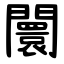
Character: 闤